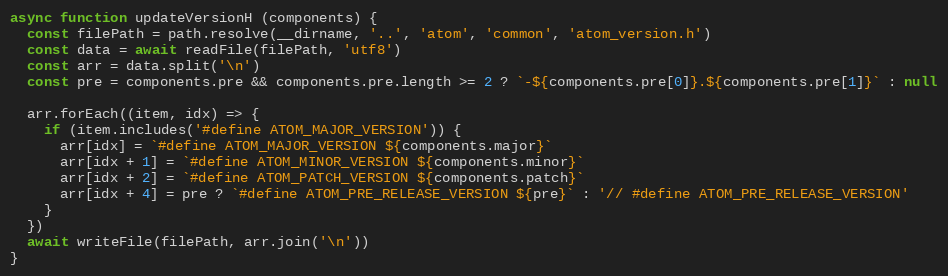
Language: JavaScript
async function updateVersionH (components) {
  const filePath = path.resolve(__dirname, '..', 'atom', 'common', 'atom_version.h')
  const data = await readFile(filePath, 'utf8')
  const arr = data.split('\n')
  const pre = components.pre && components.pre.length >= 2 ? `-${components.pre[0]}.${components.pre[1]}` : null

  arr.forEach((item, idx) => {
    if (item.includes('#define ATOM_MAJOR_VERSION')) {
      arr[idx] = `#define ATOM_MAJOR_VERSION ${components.major}`
      arr[idx + 1] = `#define ATOM_MINOR_VERSION ${components.minor}`
      arr[idx + 2] = `#define ATOM_PATCH_VERSION ${components.patch}`
      arr[idx + 4] = pre ? `#define ATOM_PRE_RELEASE_VERSION ${pre}` : '// #define ATOM_PRE_RELEASE_VERSION'
    }
  })
  await writeFile(filePath, arr.join('\n'))
}